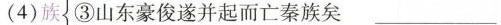
(4)族 ③山东豪俊遂并起而亡秦族矣 ___